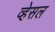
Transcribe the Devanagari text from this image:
व्हेसल